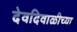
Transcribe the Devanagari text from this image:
देवदिवाळीच्या